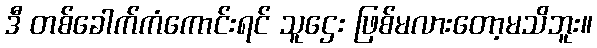
ဒီ တစ်ခေါက်ကံကောင်းရင် သူဌေး ဖြစ်မလားတော့မသိဘူး။